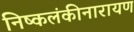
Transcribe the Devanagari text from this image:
निष्कलंकीनारायण